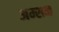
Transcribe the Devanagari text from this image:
अम्सन